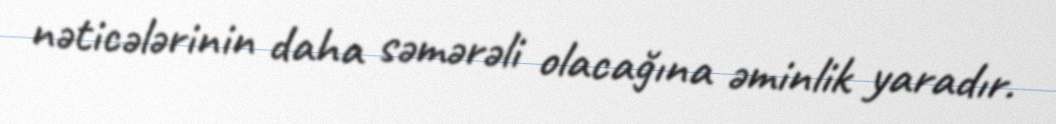
nəticələrinin daha səmərəli olacağına əminlik yaradır.